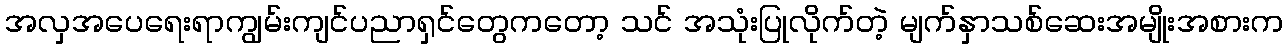
အလှအပေရေးရာကျွမ်းကျင်ပညာရှင်တွေကတော့ သင် အသုံးပြုလိုက်တဲ့ မျက်နှာသစ်ဆေးအမျိုးအစားက